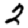
Digit: 2